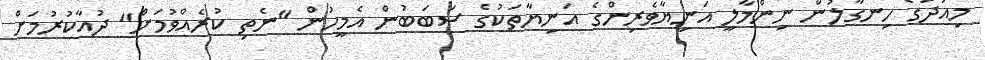
މިއަދުގެ ހިނގާލުން ނިންމާލީ އަނިޔާވެރިންގެ އަނިޔާތަކުގެ ސަބަބުން އެމީހުން "ނެތި ކުރެއްވުމަށް" ދުއާކުރުމަށް